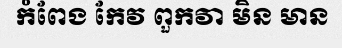
កំពែង កែវ ពួកវា មិន មាន